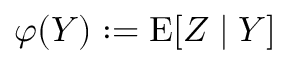
\varphi ( Y ) : = \operatorname { E } [ Z \mid Y ]